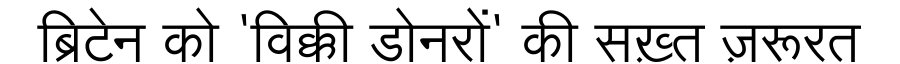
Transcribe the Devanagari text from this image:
ब्रिटेन को 'विक्की डोनरों' की सख़्त ज़रूरत